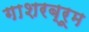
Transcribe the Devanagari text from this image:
गाशरब्रूम